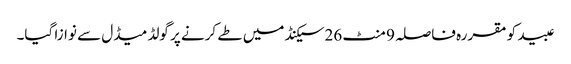
عبید کو مقررہ فاصلہ 9 منٹ 26سیکنڈ میں طے کرنے پر گولڈ میڈل سے نوازا گیا۔